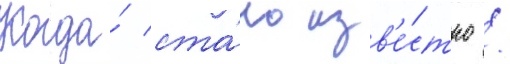
Когда́ ста́ло изв'е́стно /